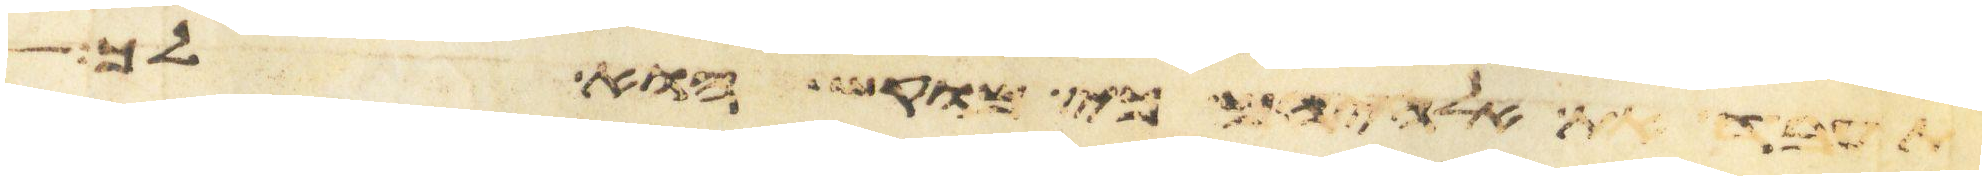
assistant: את אלהיהם כי מוקש הוא לך